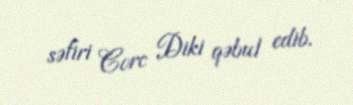
səfiri Corc Diki qəbul edib.